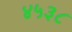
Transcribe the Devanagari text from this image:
४५३८